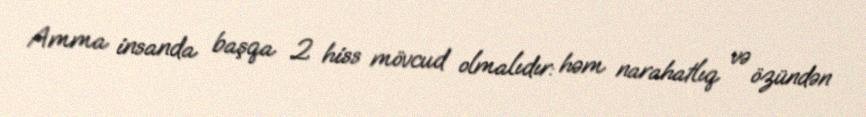
Amma insanda başqa 2 hiss mövcud olmalıdır: həm narahatlıq və özündən